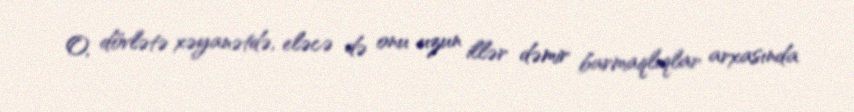
O, dövlətə xəyanətdə, eləcə də onu uzun illər dəmir barmaqlıqlar arxasında